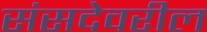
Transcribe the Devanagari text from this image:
संसदेवरील